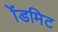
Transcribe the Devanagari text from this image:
ॲडमिट